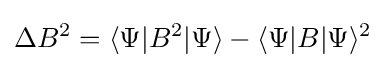
\Delta B^{2}=\langle \Psi |B^{2}|\Psi \rangle -\langle \Psi |B|\Psi \rangle ^{2}